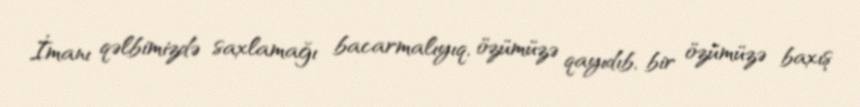
İmanı qəlbimizdə saxlamağı bacarmalıyıq, özümüzə qayıdıb, bir özümüzə baxış